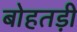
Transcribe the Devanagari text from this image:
बोहतड़ी